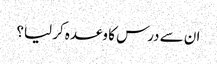
ان سے درس کا وعدہ کر لیا؟